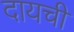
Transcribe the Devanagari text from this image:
दायची